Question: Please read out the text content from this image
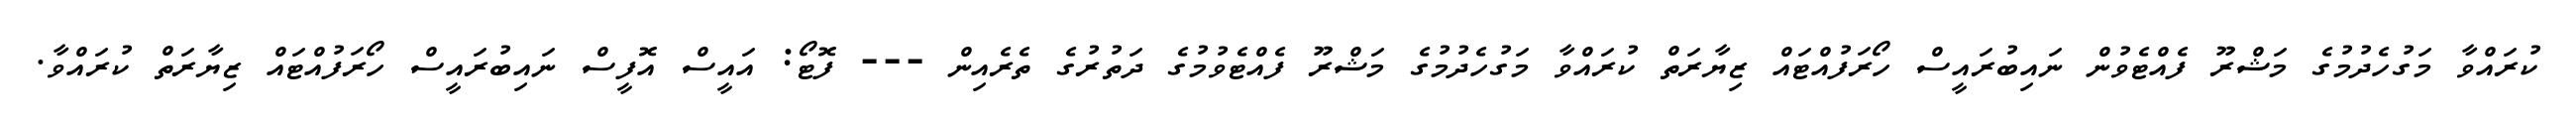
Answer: ކުރައްވާ މަގުހެދުމުގެ މަޝްރޫ ފެއްޓެވުން ނައިބުރައީސް ހޯރަފުއްޓައް ޒިޔާރަތް ކުރައްވާ މަގުހެދުމުގެ މަޝްރޫ ފެއްޓެވުމުގެ ދަތުރުގެ ތެރެއިން --- ފޮޓޯ: އައީސް އޮފީސް ނައިބުރައީސް ހޯރަފުއްޓައް ޒިޔާރަތް ކުރައްވާ.